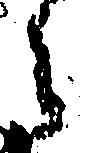
々